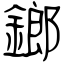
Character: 鎯